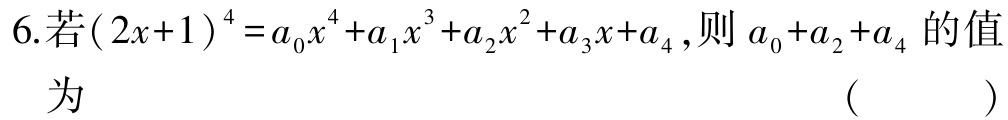
6.若\((2x + 1)^{4}=a_{0}x^{4}+a_{1}x^{3}+a_{2}x^{2}+a_{3}x + a_{4}\),则\(a_{0}+a_{2}+a_{4}\)的值为 （  ）